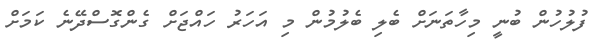
ފުލުހުން ބުނީ މިހާތަނަށް ބެލި ބެލުމުން މި އަހަރު ހައްޖަށް ގެންގޮސްދޭނެ ކަމަށް